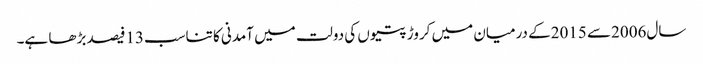
سال2006سے 2015کے درمیان میں کروڑ پتیوں کی دولت میں آمدنی کا تناسب13فیصد بڑھا ہے۔